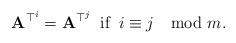
LaTeX: \begin{align*}\mathbf{A}^{\top^{i}}=\mathbf{A}^{\top^{j}}\:\mbox{ if }\:i\equiv j\mod m.\end{align*}